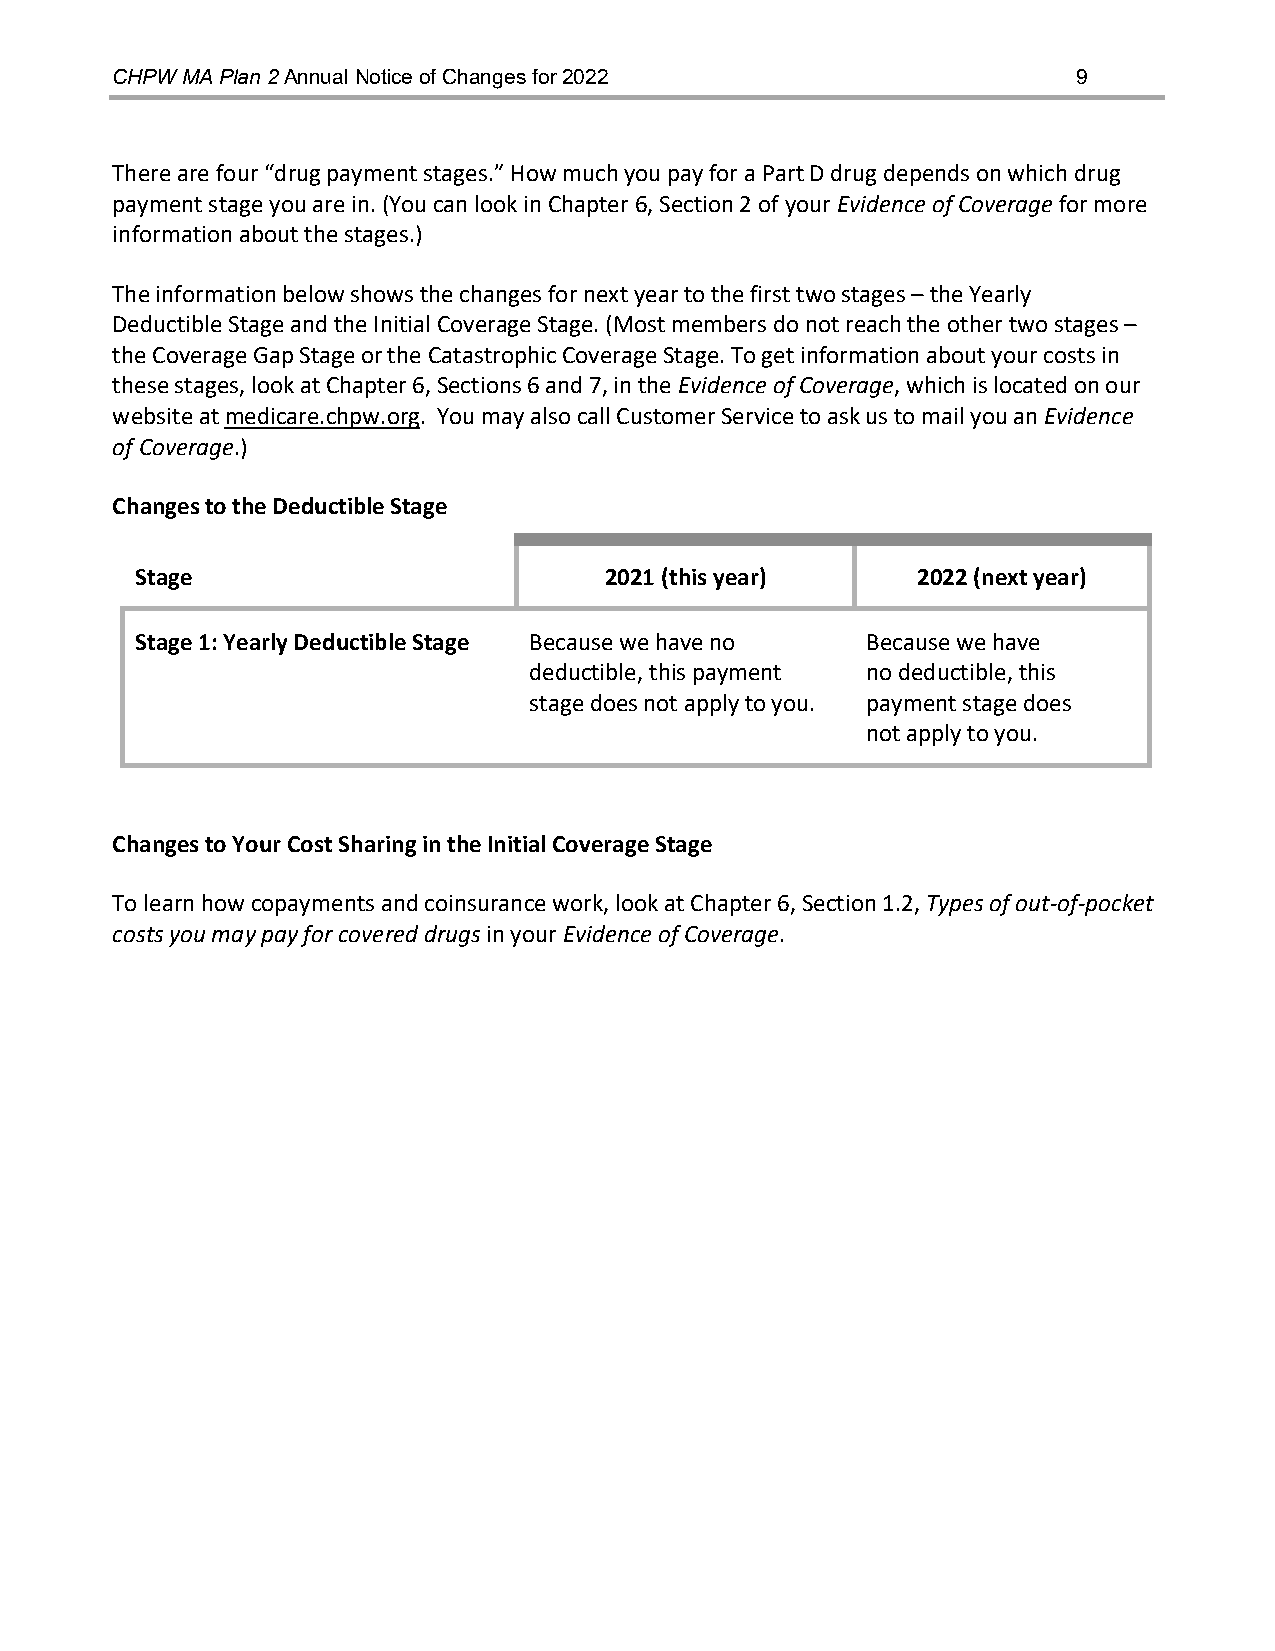
CHPW MA Plan 2 Annual Notice of Changes for 2022                9
 There are four “drug payment stages.” How much you pay for a Part D drug depends on which drug
 payment stage you are in. (You can look in Chapter 6, Section 2 of your Evidence of Coverage for more
 information about the stages.)
 The information below shows the changes for next year to the first two stages – the Yearly
 Deductible Stage and the Initial Coverage Stage. (Most members do not reach the other two stages –
 the Coverage Gap Stage or the Catastrophic Coverage Stage. To get information about your costs in
 these stages, look at Chapter 6, Sections 6 and 7, in the Evidence of Coverage, which is located on our
 website at medicare.chpw.org. You may also call Customer Service to ask us to mail you an Evidence
 of Coverage.)
 Changes to the Deductible Stage
 Stage                          2021 (this year)     2022 (next year)
 Stage 1: Yearly Deductible Stage Because we have no Because we have
 deductible, this payment no deductible, this
 stage does not apply to you. payment stage does
 not apply to you.
 Changes to Your Cost Sharing in the Initial Coverage Stage
 To learn how copayments and coinsurance work, look at Chapter 6, Section 1.2, Types of out-of-pocket
 costs you may pay for covered drugs in your Evidence of Coverage.